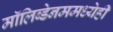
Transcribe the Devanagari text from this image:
मॉलिब्डेनममध्येही